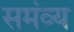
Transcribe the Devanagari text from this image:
समंव्य